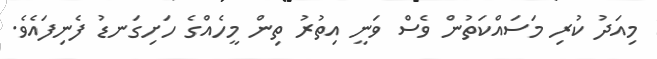
މިއަދު ކުރި މަސައްކަތުން ވެސް ވަނީ އިތުރު ތިން މީހެއްގެ ހަށިގަނޑު ފެނިފައެވެ.